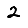
Digit: 2